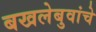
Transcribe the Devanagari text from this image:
बखलेबुवांचे